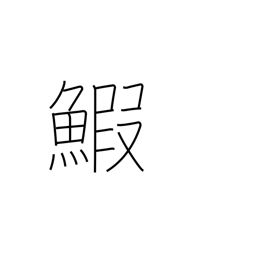
Meaning: lobster